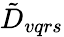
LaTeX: \tilde{D}_{vqrs}